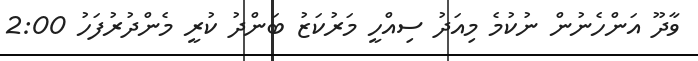
ވާދޫ އަންހެނުން ނުކުމެ މިއަދު ސިއްހީ މަރުކަޒު ބަންދު ކުރީ މެންދުރުފަހު 2:00